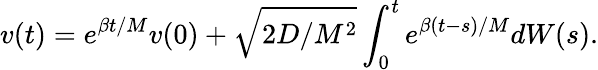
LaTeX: v(t)=e^{\beta t/M}v(0)+\sqrt{2D/M^{2}}\int_{0}^{t}e^{\beta(t-s)/M}dW(s).